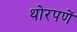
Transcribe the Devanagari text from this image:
थोरपणें